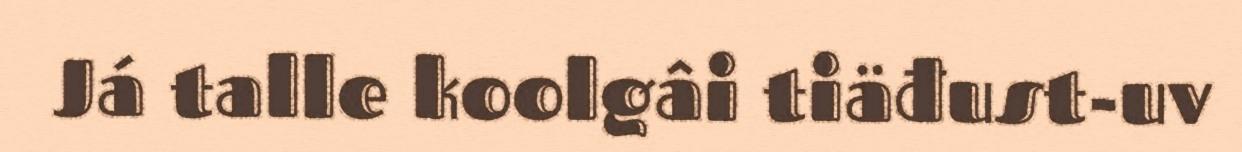
Já talle koolgâi tiäđust-uv